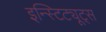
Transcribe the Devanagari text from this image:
इन्स्टिट्यूट्‌स